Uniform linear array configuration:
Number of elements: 4
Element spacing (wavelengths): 0.5
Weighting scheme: kaiser
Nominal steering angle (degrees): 60
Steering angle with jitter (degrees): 59.633
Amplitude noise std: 0.05
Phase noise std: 0.05

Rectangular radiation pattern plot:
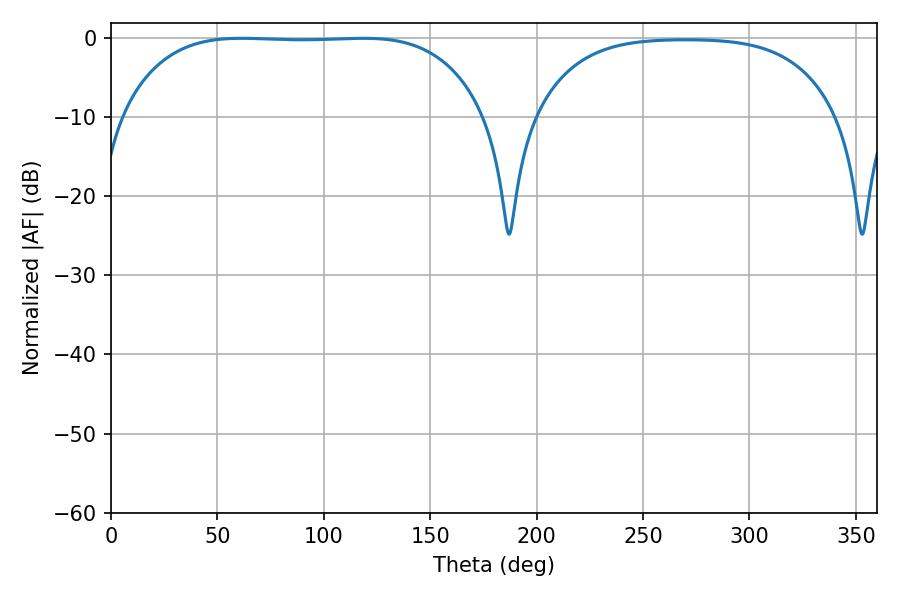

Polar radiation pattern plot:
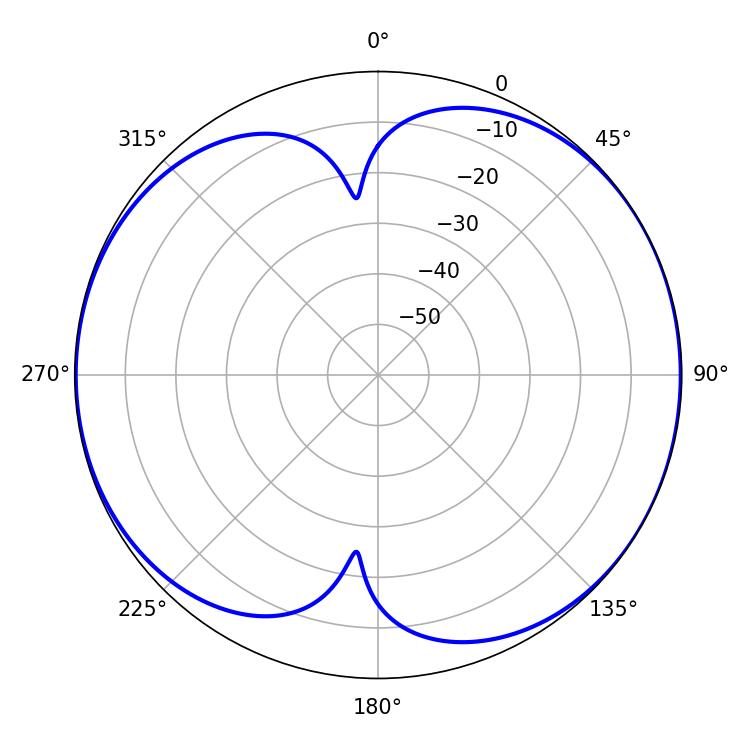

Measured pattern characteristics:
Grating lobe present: FALSE
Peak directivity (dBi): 7.536
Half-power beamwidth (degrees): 132.48
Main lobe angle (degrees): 61.38